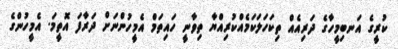
ކުރީގެ އަނބިމީހާގެ ދަރިއެއް ތިކަހަލަކަމެއްކުރިއްޔާ ތިވާނީ ހައިތަމް އެމީހުންނަށް ދަރާފަ އޮތީމަ. އެމީހުންގެ